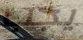
يجب